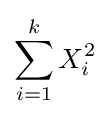
\sum _{i=1}^{k}X_{i}^{2}